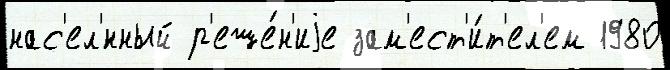
нас'ел'́нный р'еше́н'иjе зам'ест'и́т'ел'ем 1980